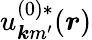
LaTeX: u_{\boldsymbol{k}m^{\prime}}^{(0)*}(\boldsymbol{r})